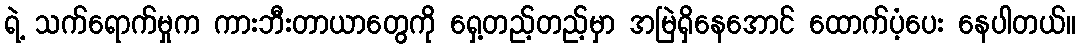
ရဲ့ သက်ရောက်မှုက ကားဘီးတာယာတွေကို ရှေ့တည့်တည့်မှာ အမြဲရှိနေအောင် ထောက်ပံ့ပေး နေပါတယ်။